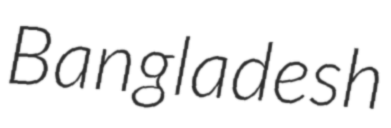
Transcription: Bangladesh